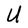
Character: U